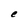
Character: e